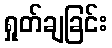
ရှုတ်ချခြင်း